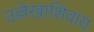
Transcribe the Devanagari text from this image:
उल्लेखाशिवाय